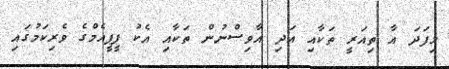
މިފަދަ އާ ތިއަރީ ތަކާއި އަދި އާވިސްނުން ތަކާއި އެކު ޕީޕީއެމްގެ ވެރިކަމުގައި